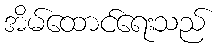
အိမ်ထောင်ရေးသည်